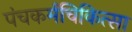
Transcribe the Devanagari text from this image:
पंचकर्मचिकित्सा